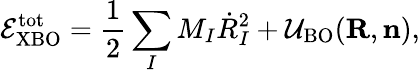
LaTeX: {\displaystyle{\cal E}_{\mathrm{XBO}}^{\mathrm{tot}}=\frac{1}{2}\sum_{I}M_{I}{\dot{R}}_{I}^{2}+{\cal U}_{\mathrm{BO}}({\mathbf R},{\mathbf n})},